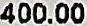
400.00